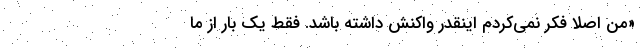
«من اصلا فکر نمی‌کردم اینقدر واکنش داشته باشد. فقط یک‌ بار از ما